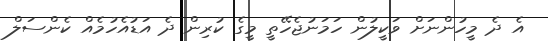
އެ ދެ މީހުންނަށް ވަކީލުން ހަމަނުޖެހޭތީ މީގެ ކުރިން ދެ އަޑުއެހުމެއް ކެންސަލް